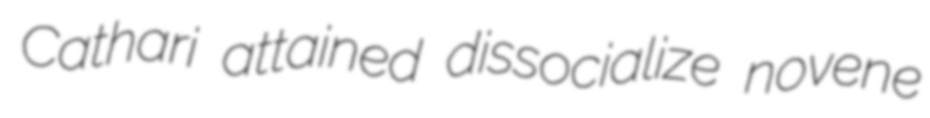
Cathari attained dissocialize novene